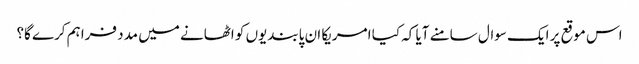
اس موقع پر ایک سوال سامنے آیا کہ کیا امریکا ان پابندیوں کو اٹھانے میں مدد فراہم کرے گا؟